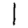
Digit: 1